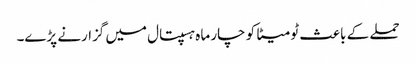
حملے کے باعث ٹومیٹا کو چار ماہ ہسپتال میں گزارنے پڑے۔